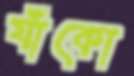
যাঁকো